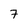
Character: 7